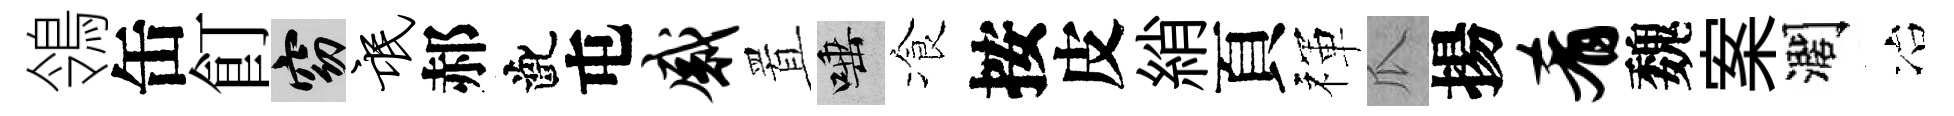
鴒缶飣窈氓郝齔屯感置唾飡按皮綃頁禈瓜揚肴魏案濶冶